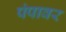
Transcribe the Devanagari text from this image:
पंपावर